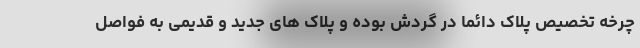
چرخه تخصیص پلاک دائماً در گردش بوده و پلاک های جدید و قدیمی به فواصل